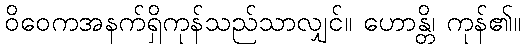
ဝိဝေကအနက်ရှိကုန်သည်သာလျှင်။ ဟောန္တိ၊ ကုန်၏။